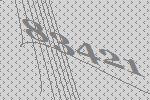
83421